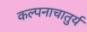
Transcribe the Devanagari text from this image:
कल्पनाचातुर्य